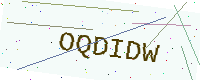
Text: OQDIDW